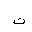
Letter: _ta